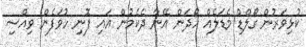
ކުޅިވަރުން ގޯލްޑް މެޑަލެއް ހޯދަން އޭނާ ދެކެމުން އައި ފޮނި ހުވަފެން ވިއްސި